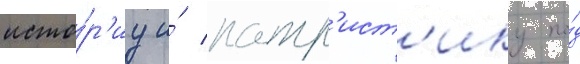
исто́р'иу и́ патр'ист'ику по́д